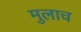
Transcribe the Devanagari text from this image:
मुलाच